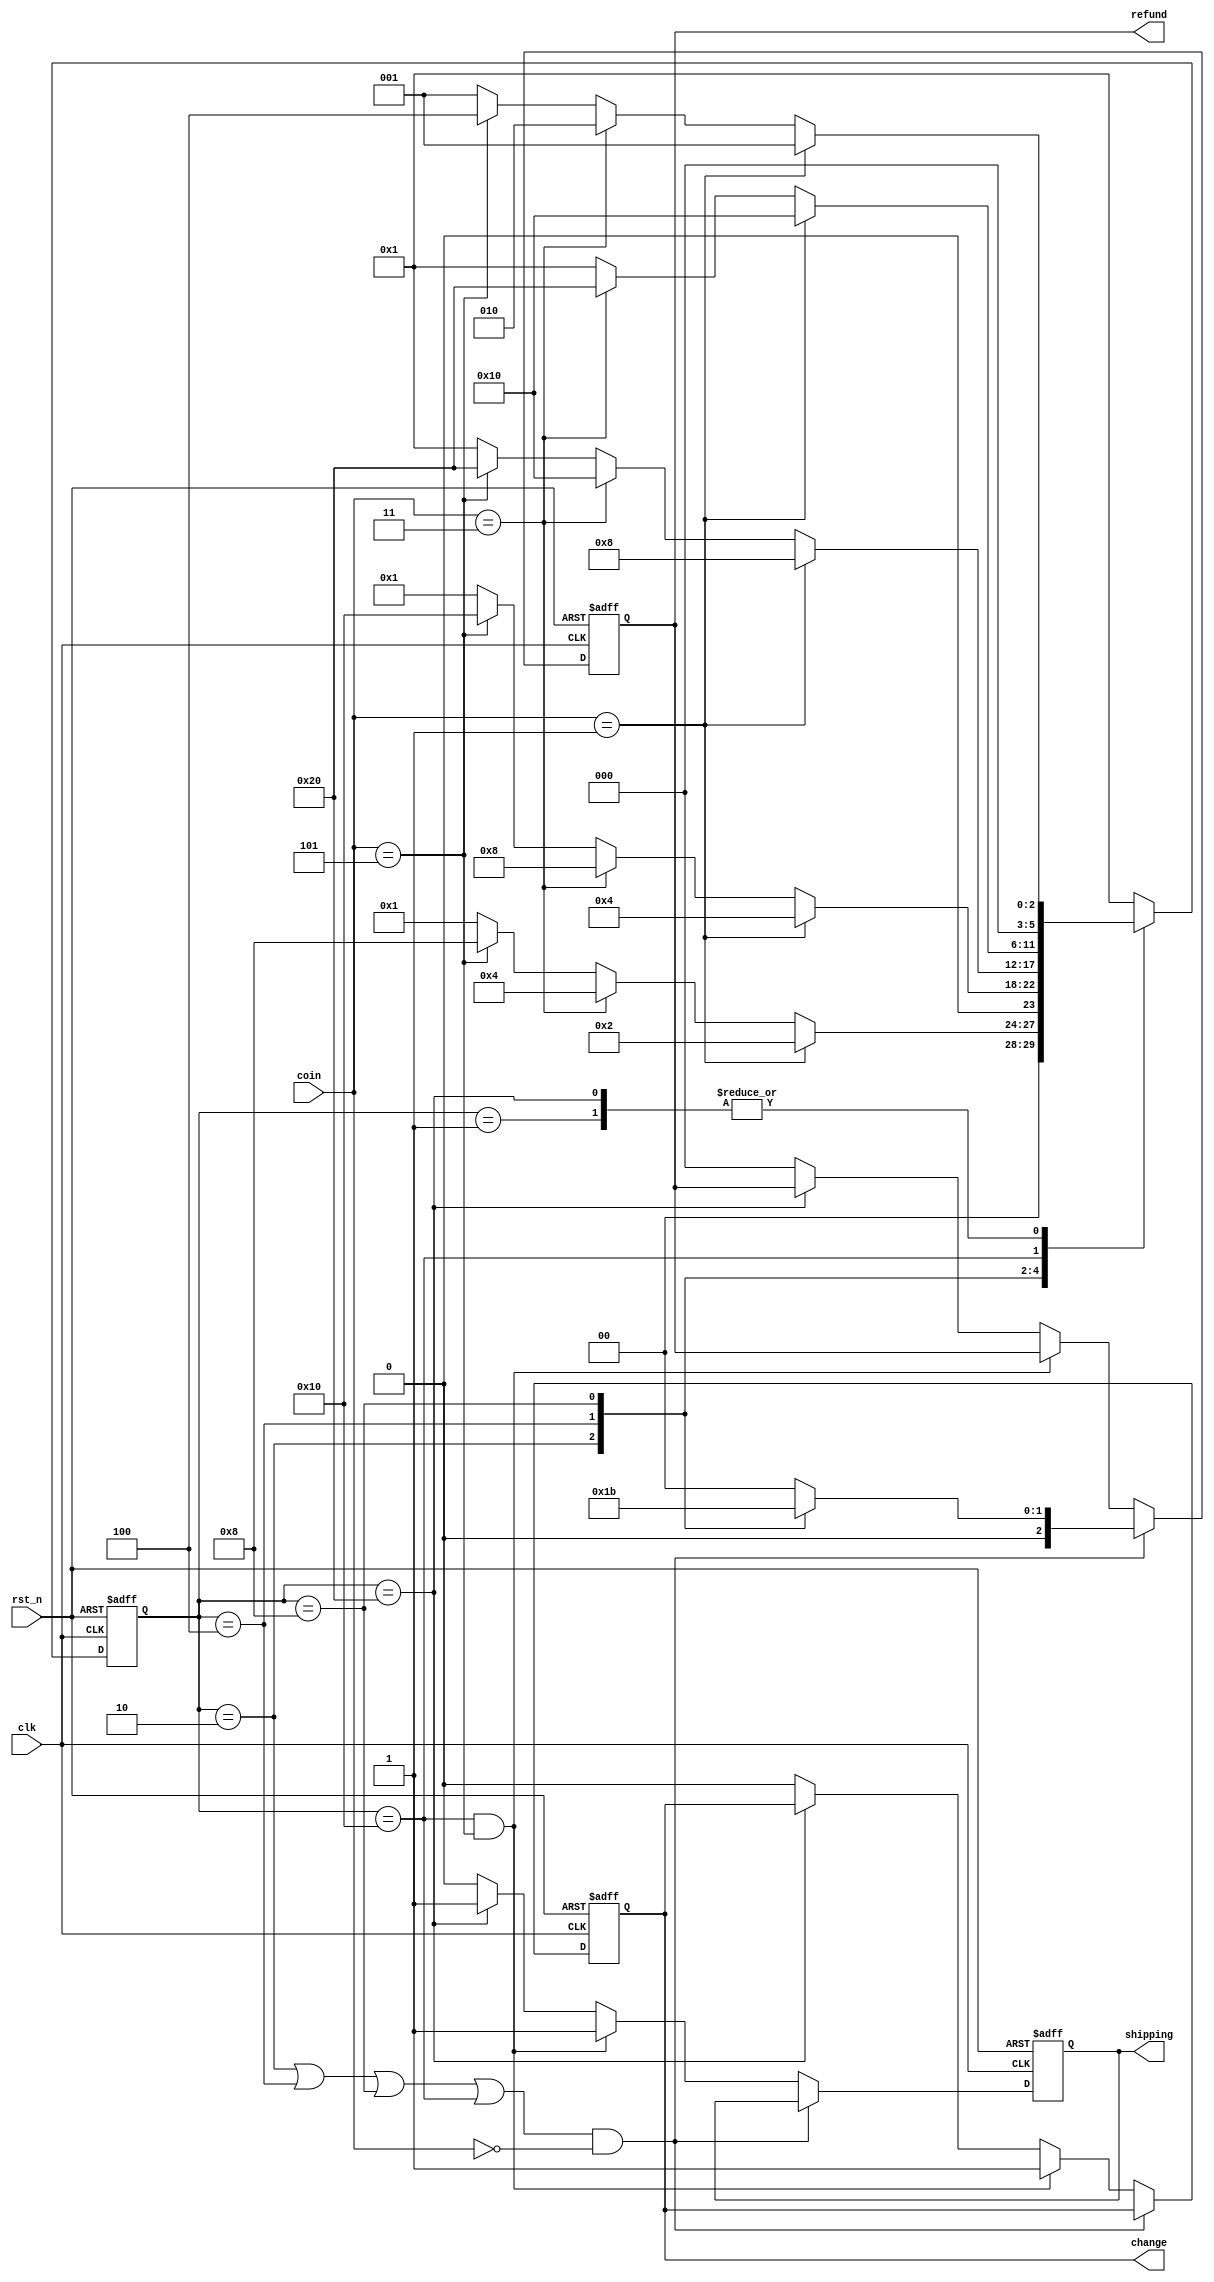
module V_M_E (
	input clk,
	input rst_n,
	/*coin[2]为1元判断,coin[1]为0.5元判断,coin[0]为复位判断*/
	input [2:0] coin,
	output reg change,
	output reg [2:0] refund,
	output reg shipping
);

	/*refunds[3]为找钱2元，refunds[2]为找钱1.5元，refunds[1]为找钱1元，
	refunds[0]为找钱0.5元*/
	wire [2:0] refunds [3:0];
	assign refunds[0] = 2'd1;
	assign refunds[1] = 2'd2;
	assign refunds[2] = 2'd3;
	assign refunds[3] = 2'd4;

	parameter IDLE = 6'b000_001;
	parameter S0 = 6'b000_010;
	parameter S1 = 6'b000_100;
	parameter S2 = 6'b001_000;
	parameter S3 = 6'b010_000;
	parameter S4 = 6'b100_000;

	reg [5:0] cur_state;
	reg [5:0] next_state;

	/*时序逻辑描述状态转移*/
	always @(posedge clk or negedge rst_n) begin
		if(~rst_n) begin
			cur_state <= 6'd0;
		end else begin
			cur_state <= next_state;
		end
	end

	/*组合逻辑描述状态判断条件*/
	always @(*) begin
		case (cur_state)
			IDLE : next_state = (coin == 3'b001) ? IDLE :
								(coin == 3'b011) ? S0 :
								(coin == 3'b101) ? S1 : IDLE;
			S0 : next_state = (coin == 3'b001) ? S0 :
								(coin == 3'b011) ? S1 :
								(coin == 3'b101) ? S2 : IDLE;
			S1 : next_state = (coin == 3'b001) ? S1 :
								(coin == 3'b011) ? S2 :
								(coin == 3'b101) ? S3 : IDLE;
			S2 : next_state = (coin == 3'b001) ? S2 :
								(coin == 3'b011) ? S3 :
								(coin == 3'b101) ? S4 : IDLE;
			S3 : next_state = (coin == 3'b001) ? S3 :
								(coin == 3'b011) ? S4 :
								(coin == 3'b101) ? IDLE : IDLE;
			S4 : next_state = (coin == 3'b001) ? IDLE :
								(coin == 3'b011) ? S0 :
								(coin == 3'b101) ? S1 : IDLE;
			default : next_state = IDLE;
		endcase
	end

	/*时序逻辑进行输出*/
	always @(posedge clk or negedge rst_n) begin
		if(~rst_n) begin
			change <= 1'd0;
			refund <= 3'd0;
			shipping <= 1'd0;
		end else if((cur_state == S0 || cur_state == S1 || cur_state == S2 || cur_state == S3) && coin == 3'b000) begin
			//复位退钱代码实现
			case(cur_state)
				S0 : refund <= refunds[0];
				S1 : refund <= refunds[1];
				S2 : refund <= refunds[2];
				S3 : refund <= refunds[3];
				default : refund <= 3'd0;
			endcase
		end else if(cur_state == S3 && coin == 3'b101) begin
			//找钱操作
			shipping <= 1'd1;
			change <= 1'd1;
		end else if(cur_state == S4) begin
			shipping <= 1'd1;
		end else begin
			change <= 1'd0;
			refund <= 3'd0;
			shipping <= 1'd0;
		end
	end

endmodule